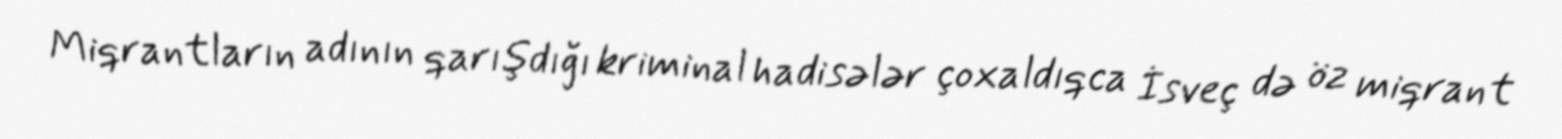
Miqrantların adının qarışdığı kriminal hadisələr çoxaldıqca İsveç də öz miqrant